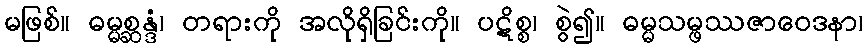
မဖြစ်။ ဓမ္မစ္ဆန္ဒံ၊ တရားကို အလိုရှိခြင်းကို။ ပဋိစ္စ၊ စွဲ၍။ ဓမ္မသမ္ဖဿဇာဝေဒနာ၊